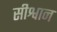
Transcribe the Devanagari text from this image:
सीश्वान